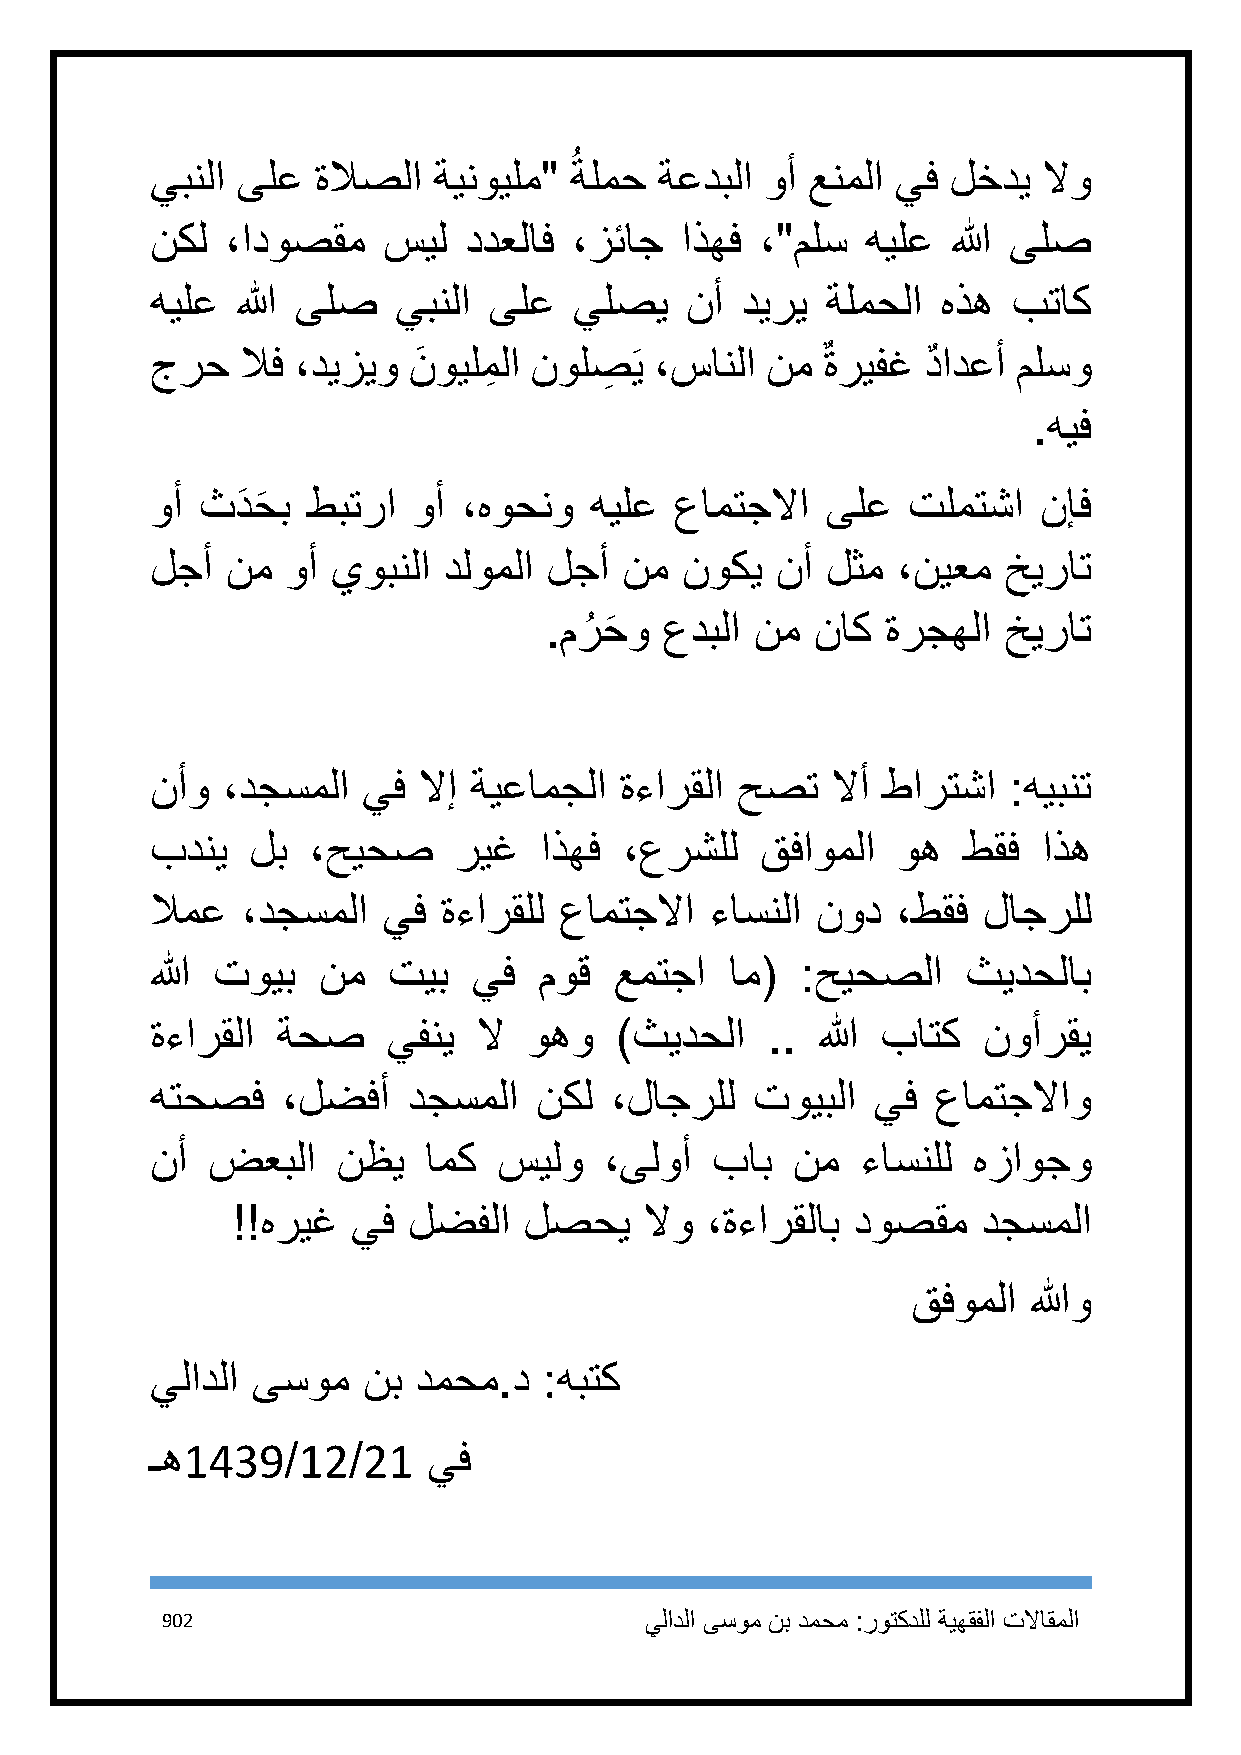
ُ
 يبنلا ىلع  ةلاصلا  ةينويلم" ةلمح  ةعدبلا وأ عنملا يف لخدي  لاو
 نكل  ،ادوصقم   سيل   ددعلاف ،زئاج  اذهف ،"ملس  هيلع  الله ىلص
 هيلع  الله ىلص  يبنلا ىلع   يلصي   نأ  ديري  ةلمحلا هذه  بتاك
 جرح   لاف ،ديزيو نَ ويلمِ لا نولصِ َي ،سانلا نم ٌ ةريفغ دٌ ادعأ ملسو
 .هيف
 وأ ثدَ حَ ب طبترا وأ ،هوحنو  هيلع  عامتجلاا  ىلع  تلمتشا   نإف
 لجأ  نم  وأ يوبنلا دلوملا لجأ  نم  نوكي  نأ  لثم ،نيعم  خيرات
 .مرُ حَ و عدبلا نم ناك ةرجهلا خيرات
 نأو  ،دجسملا  يف  لاإ ةيعامجلا ةءارقلا حصت   لاأ طارتشا  :هيبنت
 بدني   لب ،حيحص     ريغ   اذهف ،عرشلل   قفاوملا  وه   طقف  اذه
 لامع  ،دجسملا  يف  ةءارقلل عامتجلاا  ءاسنلا نود  ،طقف  لاجرلل
 الله تويب  نم   تيب  يف   موق  عمتجا  ام(  :حيحصلا    ثيدحلاب
 ةءارقلا ةحص     يفني  لا وهو   )ثيدحلا   .. الله باتك  نوأرقي
 هتحصف    ،لضفأ   دجسملا  نكل  ،لاجرلل   تويبلا  يف  عامتجلااو
 نأ  ضعبلا   نظي   امك  سيلو   ،ىلوأ  باب  نم   ءاسنلل هزاوجو
 !!هريغ  يف  لضفلا   لصحي    لاو ،ةءارقلاب دوصقم   دجسملا
 قفوملا  اللهو
 يلادلا ىسوم   نب دمحم.د   :هبتك
 ـه1439/12/21      يف
 912                             يلادلا ىسوم نب دمحم :روتكدلل ةيهقفلا تلااقملا